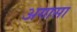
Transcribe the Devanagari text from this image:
अगासा